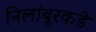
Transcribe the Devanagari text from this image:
निलांबूरकडे